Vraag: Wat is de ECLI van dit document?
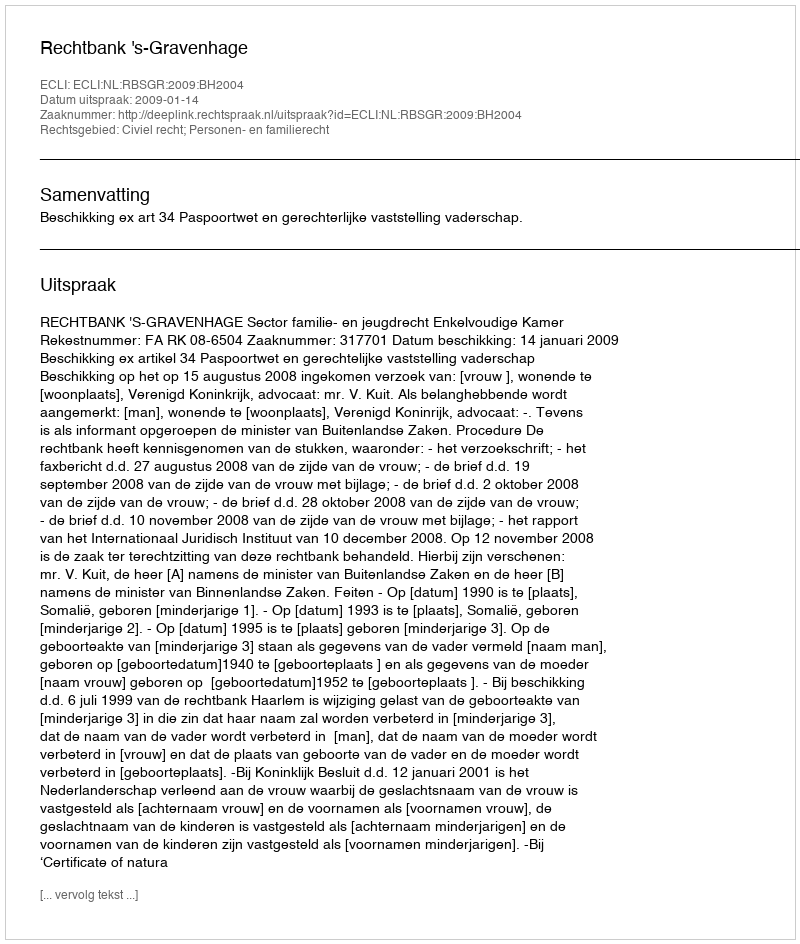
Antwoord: ECLI:NL:RBSGR:2009:BH2004